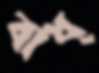
বাধ্‌